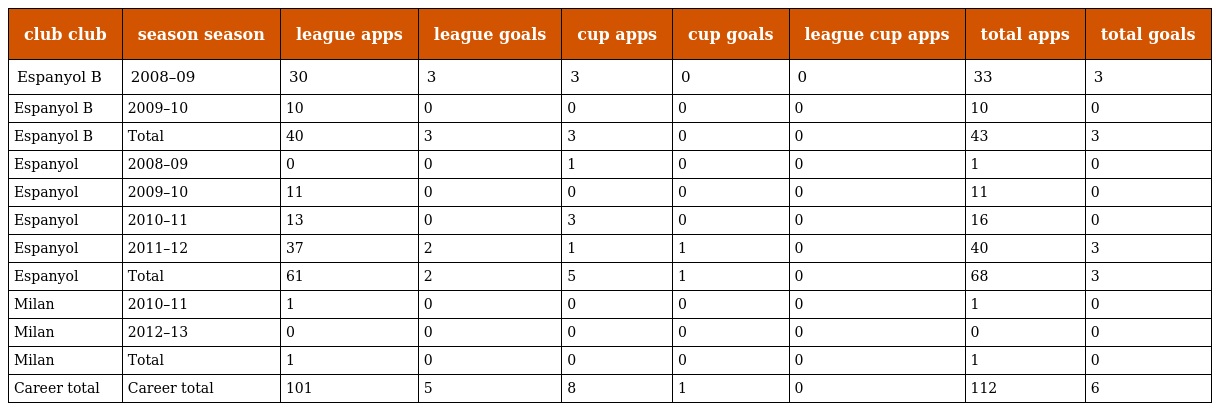
| club club | season season | league apps | league goals | cup apps | cup goals | league cup apps | total apps | total goals |
 | --- | --- | --- | --- | --- | --- | --- | --- | --- |
 | Espanyol B | 2008–09 | 30 | 3 | 3 | 0 | 0 | 33 | 3 |
 | Espanyol B | 2009–10 | 10 | 0 | 0 | 0 | 0 | 10 | 0 |
 | Espanyol B | Total | 40 | 3 | 3 | 0 | 0 | 43 | 3 |
 | Espanyol | 2008–09 | 0 | 0 | 1 | 0 | 0 | 1 | 0 |
 | Espanyol | 2009–10 | 11 | 0 | 0 | 0 | 0 | 11 | 0 |
 | Espanyol | 2010–11 | 13 | 0 | 3 | 0 | 0 | 16 | 0 |
 | Espanyol | 2011–12 | 37 | 2 | 1 | 1 | 0 | 40 | 3 |
 | Espanyol | Total | 61 | 2 | 5 | 1 | 0 | 68 | 3 |
 | Milan | 2010–11 | 1 | 0 | 0 | 0 | 0 | 1 | 0 |
 | Milan | 2012–13 | 0 | 0 | 0 | 0 | 0 | 0 | 0 |
 | Milan | Total | 1 | 0 | 0 | 0 | 0 | 1 | 0 |
 | Career total | Career total | 101 | 5 | 8 | 1 | 0 | 112 | 6 |